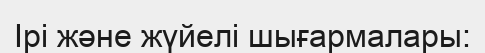
Ірі және жүйелі шығармалары: